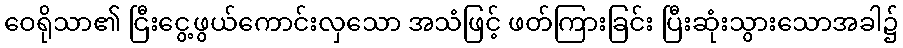
ဝေရိုသာ၏ ငြီးငွေ့ဖွယ်ကောင်းလှသော အသံဖြင့် ဖတ်ကြားခြင်း ပြီးဆုံးသွားသောအခါ၌